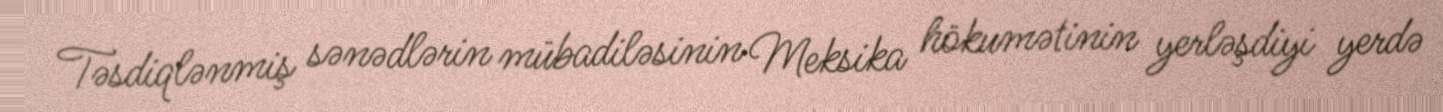
Təsdiqlənmiş sənədlərin mübadiləsinin Meksika hökumətinin yerləşdiyi yerdə